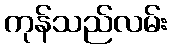
ကုန်သည်လမ်း